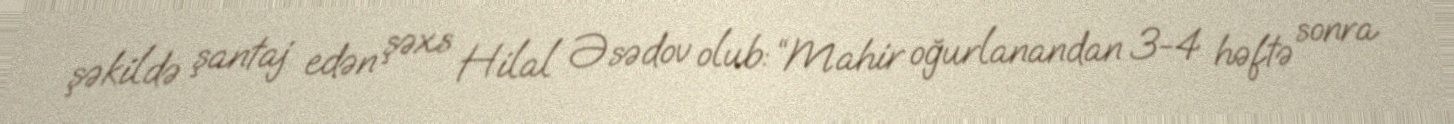
şəkildə şantaj edən şəxs Hilal Əsədov olub: “Mahir oğurlanandan 3-4 həftə sonra